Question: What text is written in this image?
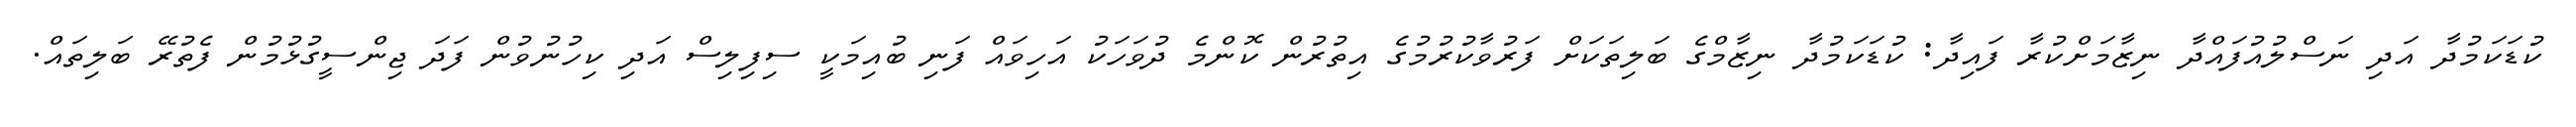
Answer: ކުޑަކަމުދާ އަދި ނަސްލުއުފައްދާ ނިޒާމަށްކުރާ ފައިދާ: ކުޑަކަމުދާ ނިޒާމްގެ ބަލިތަކަށް ފަރުވާކުރުމުގެ އިތުރުން ކޮންމެ ދުވަހަކު އަހިވައް ފަނި ބުއިމަކީ ސިފިލިސް އަދި ކިހުނުވުން ފަދަ ޖިންސީގުޅުމުން ފެތުރޭ ބަލިތައް.